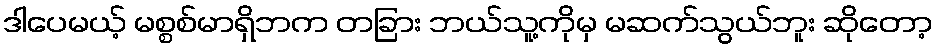
ဒါပေမယ့် မစ္စစ်မာရှိဘက တခြား ဘယ်သူ့ကိုမှ မဆက်သွယ်ဘူး ဆိုတော့